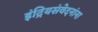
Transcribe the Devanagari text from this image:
इंद्रियसंवेदनांना